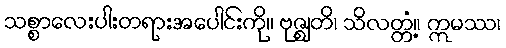
သစ္စာလေးပါးတရားအပေါင်းကို။ ဗုဇ္ဈတိ၊ သိလတ္တံ့။ ဣမဿ၊